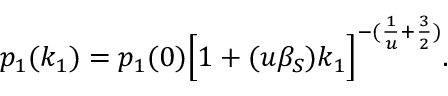
p _ { 1 } ( k _ { 1 } ) = p _ { 1 } ( 0 ) \Big [ 1 + ( u \beta _ { S } ) k _ { 1 } \Big ] ^ { - ( \frac { 1 } { u } + \frac { 3 } { 2 } ) } .